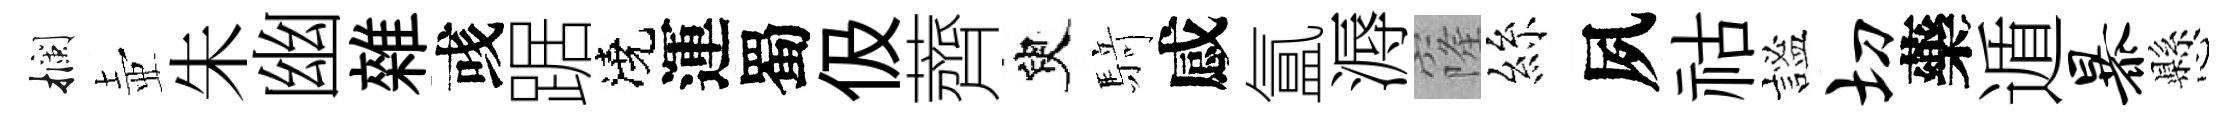
攔壺朱幽雜彧踞澆運蜀伋薺臾𮪍感氲溽窿絲夙祜謐切藥遁暴懸